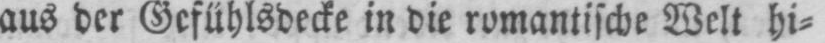
aus der Gefühlsdecke in die romantische Welt hi⸗